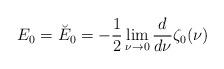
LaTeX: \begin{align*}E_0=\breve{E}_0=-\frac 12\lim_{\nu\rightarrow 0}{d \over d\nu}\zeta_0(\nu)\end{align*}